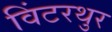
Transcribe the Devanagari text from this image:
विंटरथुर